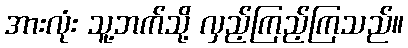
အားလုံး သူ့ဘက်သို့ လှည့်ကြည့်ကြသည်။